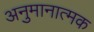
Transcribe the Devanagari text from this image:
अनुमानात्मक